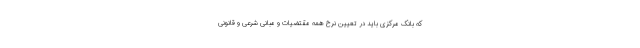
که بانک مرکزی باید در تعیین نرخ همه مقتضیات و مبانی شرعی و قانونی